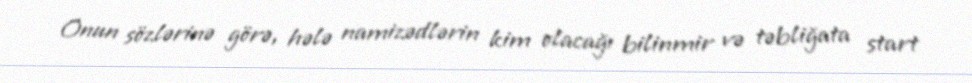
Onun sözlərinə görə, hələ namizədlərin kim olacağı bilinmir və təbliğata start